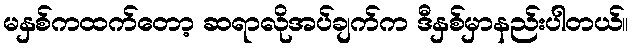
မနှစ်ကထက်တော့ ဆရာလိုအပ်ချက်က ဒီနှစ်မှာနည်းပါတယ်။